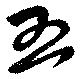
五